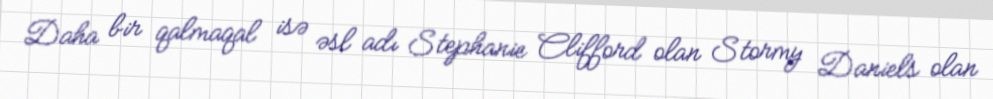
Daha bir qalmaqal isə əsl adı Stephanie Clifford olan Stormy Daniels olan